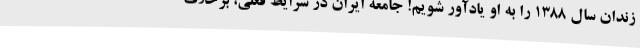
زندان سال ۱۳۸۸ را به او یادآور شویم! جامعه ایران در شرایط فعلی، برخلاف